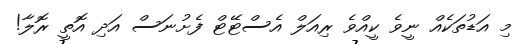
މި އަޑުތަކެއް ނީވެ ކީއްވެ ރިއަލް އެސްޓޭޓް ފެށުނަސް އަދި އޮތީ ރޮލާ!